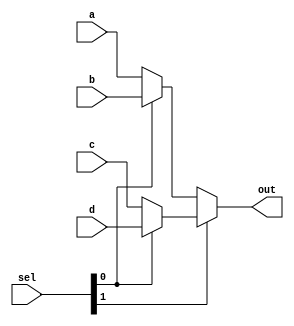
`default_nettype none
module Mux4Way16(
   input wire [15:0] a,
   input wire [15:0] b,
   input wire [15:0] c,
   input wire [15:0] d,
   input wire [1:0] sel,
   output wire [15:0] out
);

assign out = sel[1] ? (sel[0] ? d:c) : (sel[0] ? b:a);
endmodule
// Local Variables:
// verilog-library-directories:(".." "./rtl" ".")
// End: